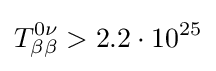
T_{\beta \beta }^{0\nu }>2.2\cdot 10^{25}